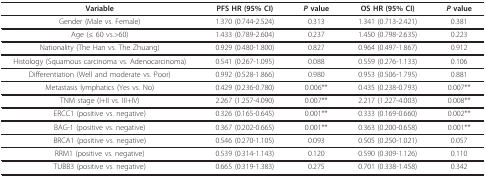
<table><thead><tr><td><b>Variable</b></td><td><b>PFS HR (95% CI)</b></td><td><b><i>P </i>value</b></td><td><b>OS HR (95% CI)</b></td><td><b><i>P </i>value</b></td></tr></thead><tbody><tr><td>Gender (Male vs. Female)</td><td>1.370 (0.744-2.524)</td><td>0.313</td><td>1.341 (0.713-2.421)</td><td>0.381</td></tr><tr><td>Age (≤ 60 vs.&gt;60)</td><td>1.433 (0.789-2.604)</td><td>0.237</td><td>1.450 (0.798-2.635)</td><td>0.223</td></tr><tr><td>Nationality (The Han vs. The Zhuang)</td><td>0.929 (0.480-1.800)</td><td>0.827</td><td>0.964 (0.497-1.867)</td><td>0.912</td></tr><tr><td>Histology (Squamous carcinoma vs. Adenocarcinoma)</td><td>0.541 (0.267-1.095)</td><td>0.088</td><td>0.559 (0.276-1.133)</td><td>0.106</td></tr><tr><td>Differentiation (Well and moderate vs. Poor)</td><td>0.992 (0.528-1.866)</td><td>0.980</td><td>0.953 (0.506-1.795)</td><td>0.881</td></tr><tr><td>Metastasis lymphatics (Yes vs. No)</td><td>0.429 (0.236-0.780)</td><td>0.006**</td><td>0.435 (0.238-0.793)</td><td>0.007**</td></tr><tr><td>TNM stage (I+II vs. III+IV)</td><td>2.267 (1.257-4.090)</td><td>0.007**</td><td>2.217 (1.227-4.003)</td><td>0.008**</td></tr><tr><td>ERCC1 (positive vs. negative)</td><td>0.326 (0.165-0.645)</td><td>0.001**</td><td>0.333 (0.169-0.660)</td><td>0.002**</td></tr><tr><td>BAG-1 (positive vs. negative)</td><td>0.367 (0.202-0.665)</td><td>0.001**</td><td>0.363 (0.200-0.658)</td><td>0.001**</td></tr><tr><td>BRCA1 (positive vs. negative)</td><td>0.546 (0.270-1.105)</td><td>0.093</td><td>0.505 (0.250-1.021)</td><td>0.057</td></tr><tr><td>RRM1 (positive vs. negative)</td><td>0.539 (0.314-1.143)</td><td>0.120</td><td>0.590 (0.309-1.126)</td><td>0.110</td></tr><tr><td>TUBB3 (positive vs. negative)</td><td>0.665 (0.319-1.383)</td><td>0.275</td><td>0.701 (0.338-1.458)</td><td>0.342</td></tr></tbody></table>